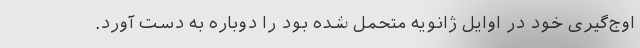
اوج‌گیری خود در اوایل ژانویه متحمل شده بود را دوباره به دست آورد.